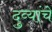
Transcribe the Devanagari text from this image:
दुव्यांचे